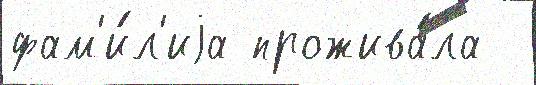
фам'и́л'иjа прожива́ла